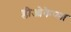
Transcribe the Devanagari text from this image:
ग्लीओकैप्सा